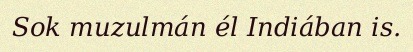
Sok muzulmán él Indiában is.